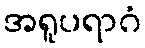
အရူပရာဂံ